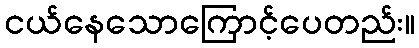
ငယ်နေသောကြောင့်ပေတည်း။